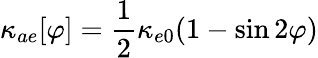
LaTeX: \kappa_{ae}[\varphi]=\frac{1}{2}\kappa_{e0}(1-\sin 2\varphi)